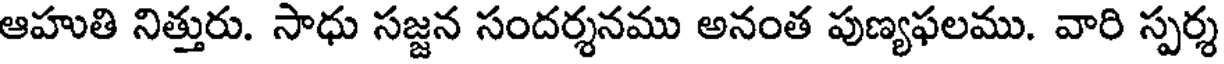
ఆహుతి నిత్తురు. సాధు సజ్జన సందర్శనము అనంత పుణ్యఫలము. వారి స్పర్శ